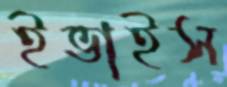
ইভাইস